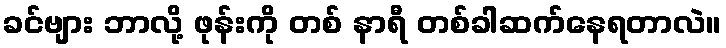
ခင်ဗျား ဘာလို့ ဖုန်းကို တစ် နာရီ တစ်ခါဆက်နေရတာလဲ။